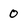
Character: 0